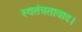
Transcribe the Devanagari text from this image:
स्वतंत्रतावाद।